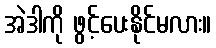
အဲဒါကို ဖွင့်ပေးနိုင်မလား။